Lunatic asylums in Bengal annual reports 1912-1924 - 1912-1924
Year: 1912
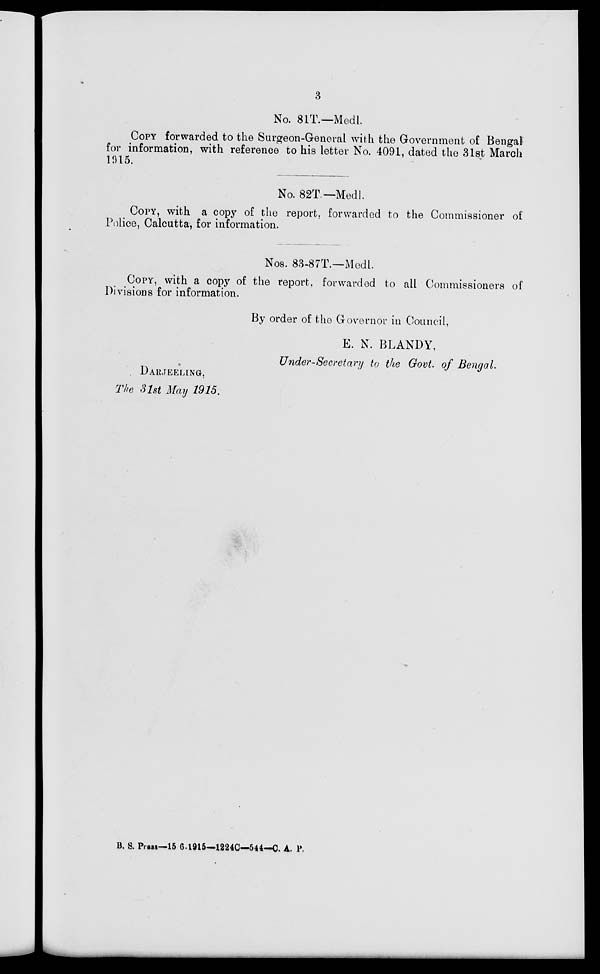
3
No. 81T.—Medl.
COPY forwarded to the Surgeon-General with the Government of Bengal
for information, with reference to his letter No. 4091, dated the 31st March
1915.
No. 82T.— Medl.
COPY, with a copy of the report, forwarded to the Commissioner of
Police, Calcutta, for information.
Nos. 83-87T.—Medl.
COPY, with a copy of the report, forwarded to all Commissioners of
Divisions for information.
By order of the Governor in Council,
E. N. BLANDY,
Under-Secretary to the Govt. of Bengal.
DARJEELING,
The 31st May 1915.
B. S. Press—15-6-1915—1224C—544—C. A. P.